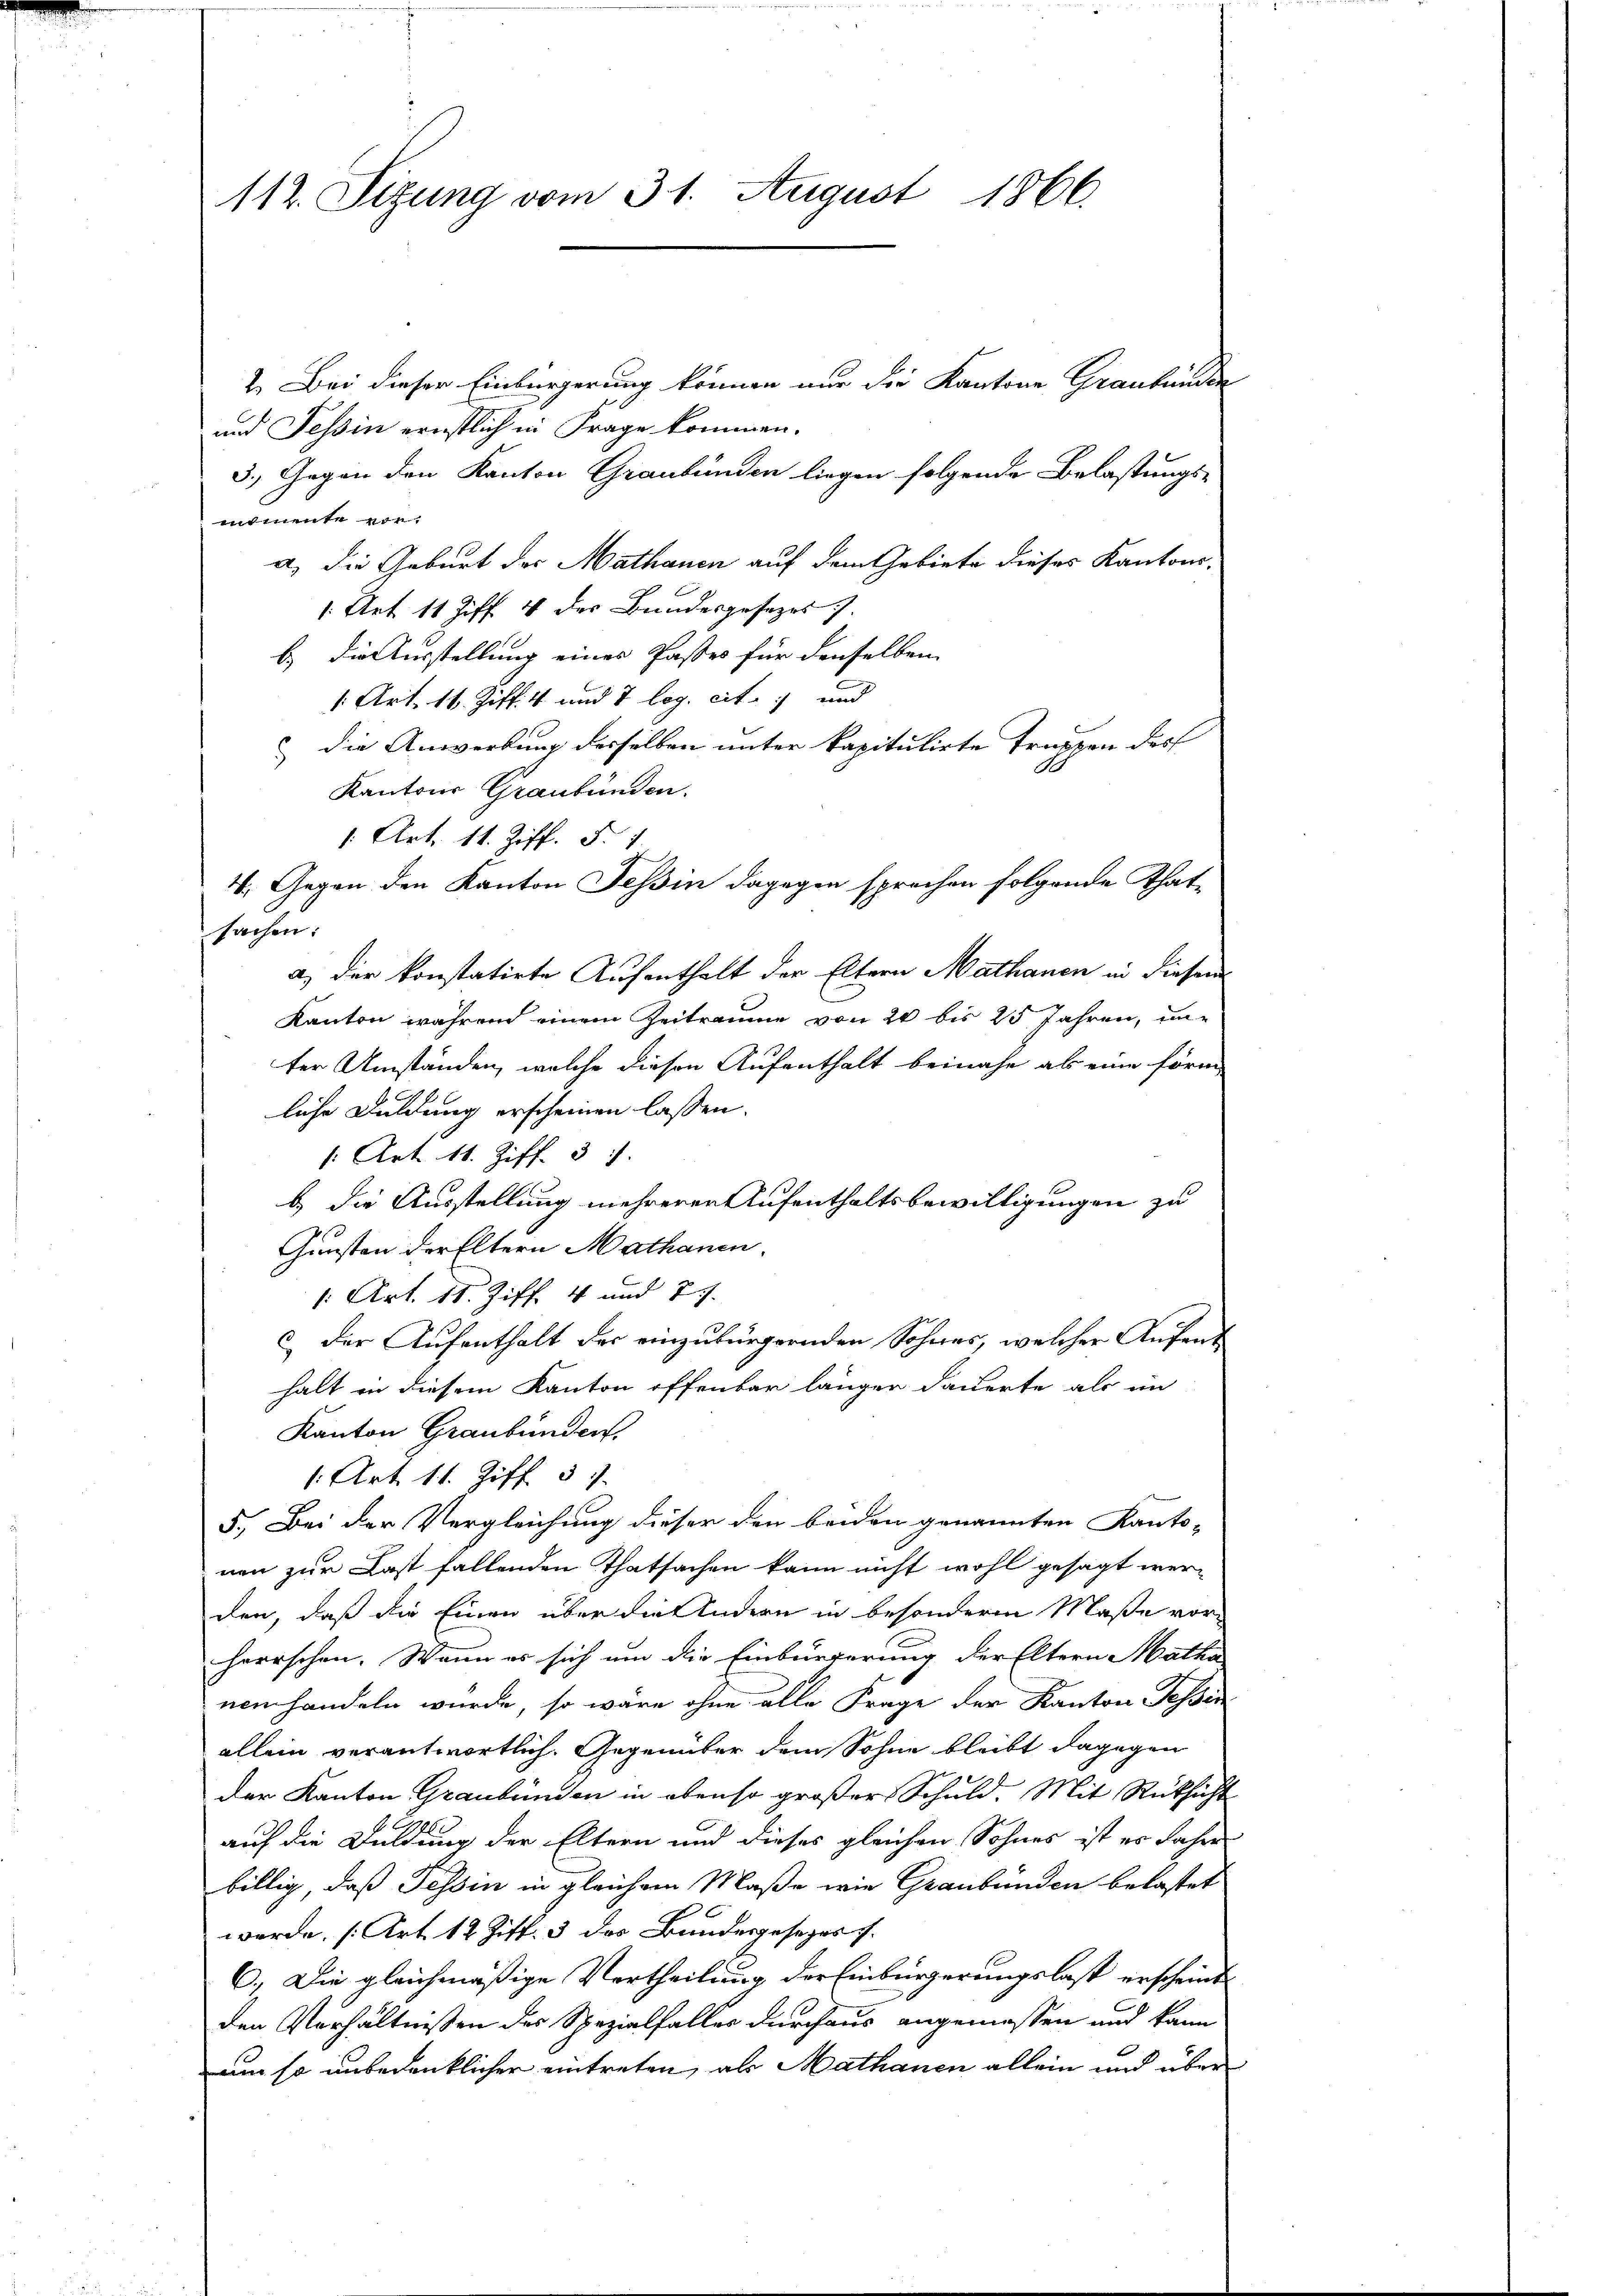
112. Sizung vom 31. August 1866.

2. Bei dieser Einbürgerung können nur die Kantone Graubünden
und Tessin ernstlich in Frage kommen.
3.) Gegen den Kanton Graubünden liegen folgende Belastungs-
mimente vora) die Geburt der Mathanen auf dem Gebiete dieses Kantons-
1. Art. 11 Ziff. 4 des Bundesgesezes).
b.) Die Ausstellung eines Passes für denselben
1 Art. 16. Ziff. 4 und 7 log. cit. und
die Anwerkung desselben unter kapitulirte Truppen des
Kantons Graubünden.
1. Art. 11. Ziff. §. 1.
sachen:
a) der konstatirte Aufenthalt der Eltern Mathanen in diesem
Kanton während einem Zeiträume von 20 bis 25 Jahren, un-
ter Umständen, welche diesen Aufenthalt beinahe als eine förm-
liche Duldung erscheinen lassen.
1 Art. 11. Ziff. 37.
b. die Ausstellung mehreren Aufenthaltsbewilligungen zu
Gunsten der Eltern Mathanen.
1: Art. 11. Ziff. 4 und 7.
c.) Der Aufenthalt der einzubürgernden Sohnes, welcher Aufent
halt in diesem Kanton offenbar länger Dauerte als im
Kanton Graubünden.
1 Art. 11. Ziff. 51.
5.) Bei der Vergleichung dieser den beiden genannten Kanto-
nen zur Last fallenden Thatsachen kann nicht wohl gesagt werden, daß die Einen über die Andern in besonderm Maße vorherrschen. Wenn es sich um die Einbürgerung der Eltern Matha
nemhandeln würde, so wäre ohne alle Frage der Kanton Tessin
allein verantwortlich. Gegenüber dem Sohne bleibt dagegen
der Kanton Graubünden in ebenso großer Schuld. Mit Rücksicht
auf die Duldung der Eltern und dieses gleichen Sohnes ist es Jahre
billig, daß Tessin in gleichem Maße wie Graubünden belastet
werde, (Art. 12 Ziff. 3 des Bundesgesezes s.
6.) Die gleichmäßige Vertheilung der Einbürgerungslast erscheint.
den Verhältnissen des Spezialfalles durchaus angemessen und kann
um so unbedenklicher eintreten, als Mathanen allein und über

4. Gegen den Kanton Tessin dagegen sprechen folgende That-